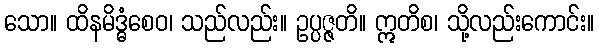
သော။ ထိနမိဒ္ဓံစေဝ၊ သည်လည်း။ ဥပ္ပဇ္ဇတိ။ ဣတိစ၊ သို့လည်းကောင်း။